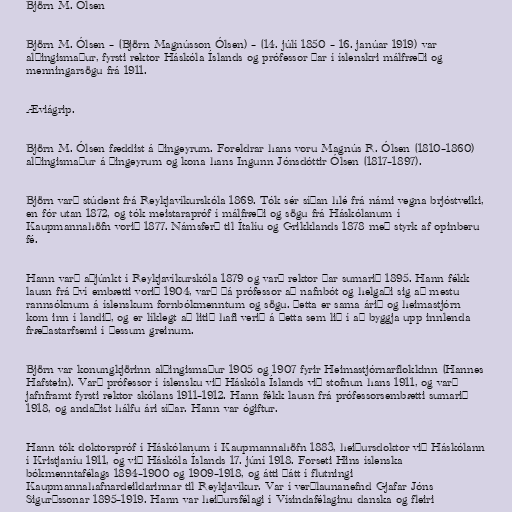
Björn M. Ólsen

Björn M. Ólsen – (Björn Magnússon Ólsen) – (14. júlí 1850 – 16. janúar 1919) var
alþingismaður, fyrsti rektor Háskóla Íslands og prófessor þar í íslenskri málfræði og
menningarsögu frá 1911.

Æviágrip.

Björn M. Ólsen fæddist á Þingeyrum. Foreldrar hans voru Magnús R. Ólsen (1810–1860)
alþingismaður á Þingeyrum og kona hans Ingunn Jónsdóttir Ólsen (1817–1897).

Björn varð stúdent frá Reykjavíkurskóla 1869. Tók sér síðan hlé frá námi vegna brjóstveiki,
en fór utan 1872, og tók meistarapróf í málfræði og sögu frá Háskólanum í
Kaupmannahöfn vorið 1877. Námsferð til Ítalíu og Grikklands 1878 með styrk af opinberu
fé.

Hann varð aðjúnkt í Reykjavíkurskóla 1879 og varð rektor þar sumarið 1895. Hann fékk
lausn frá því embætti vorið 1904, varð þá prófessor að nafnbót og helgaði sig að mestu
rannsóknum á íslenskum fornbókmenntum og sögu. Þetta er sama árið og heimastjórn
kom inn í landið, og er líklegt að litið hafi verið á þetta sem lið í að byggja upp innlenda
fræðastarfsemi í þessum greinum.

Björn var konungkjörinn alþingismaður 1905 og 1907 fyrir Heimastjórnarflokkinn (Hannes
Hafstein). Varð prófessor í íslensku við Háskóla Íslands við stofnun hans 1911, og varð
jafnframt fyrsti rektor skólans 1911–1912. Hann fékk lausn frá prófessorsembætti sumarið
1918, og andaðist hálfu ári síðar. Hann var ógiftur.

Hann tók doktorspróf í Háskólanum í Kaupmannahöfn 1883, heiðursdoktor við Háskólann
í Kristjaníu 1911, og við Háskóla Íslands 17. júní 1918. Forseti Hins íslenska
bókmenntafélags 1894–1900 og 1909–1918, og átti þátt í flutningi
Kaupmannahafnardeildarinnar til Reykjavíkur. Var í verðlaunanefnd Gjafar Jóns
Sigurðssonar 1895–1919. Hann var heiðursfélagi í Vísindafélaginu danska og fleiri